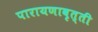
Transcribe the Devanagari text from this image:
पारायणावृत्ती